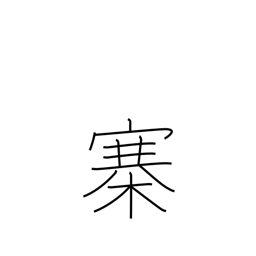
Meaning: fort